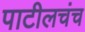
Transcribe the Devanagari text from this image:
पाटीलचंच